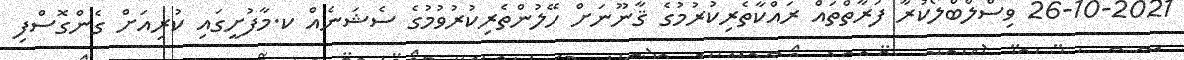
26-10-2021 ވިސްލްބްލޯކުރާ ފަރާތްތައް ރައްކާތެރިކުރުމުގެ ޤާނޫނަށް ހޭލުންތެރިކުރުވުމުގެ ސެޝަނެއް ކ.މާފުށީގައި ކުރިއަށް ގެންގޮސްފި